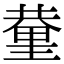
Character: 𨤬